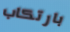
بارتكاب